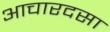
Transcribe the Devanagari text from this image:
आचारदसा